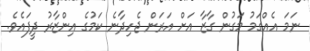
ނަމަ އެއްގަމު މަގުން ގާޒާ އަށް އަރަން ޖެހިދާނެ ކަމުގެ އިންޒާރު ދީފައެވެ.